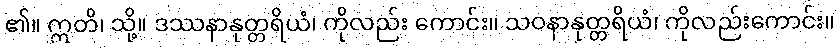
၏။ ဣတိ၊ သို့။ ဒဿနာနုတ္တရိယံ၊ ကိုလည်း ကောင်း။ သဝနာနုတ္တရိယံ၊ ကိုလည်းကောင်း။